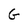
Character: G